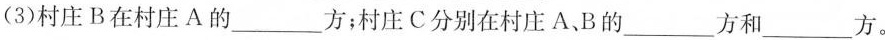
(3)村庄B在村庄A的___方；村庄C分别在村庄A、B的___方和___方。